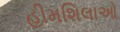
હીમશિલાઓ